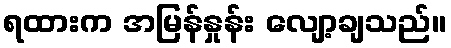
ရထားက အမြန်နှုန်း လျော့ချသည်။